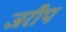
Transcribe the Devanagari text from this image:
जरीप